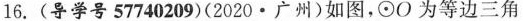
16. (导学号 57740209)(2020 · 广州)如图，⊙O为等边三角